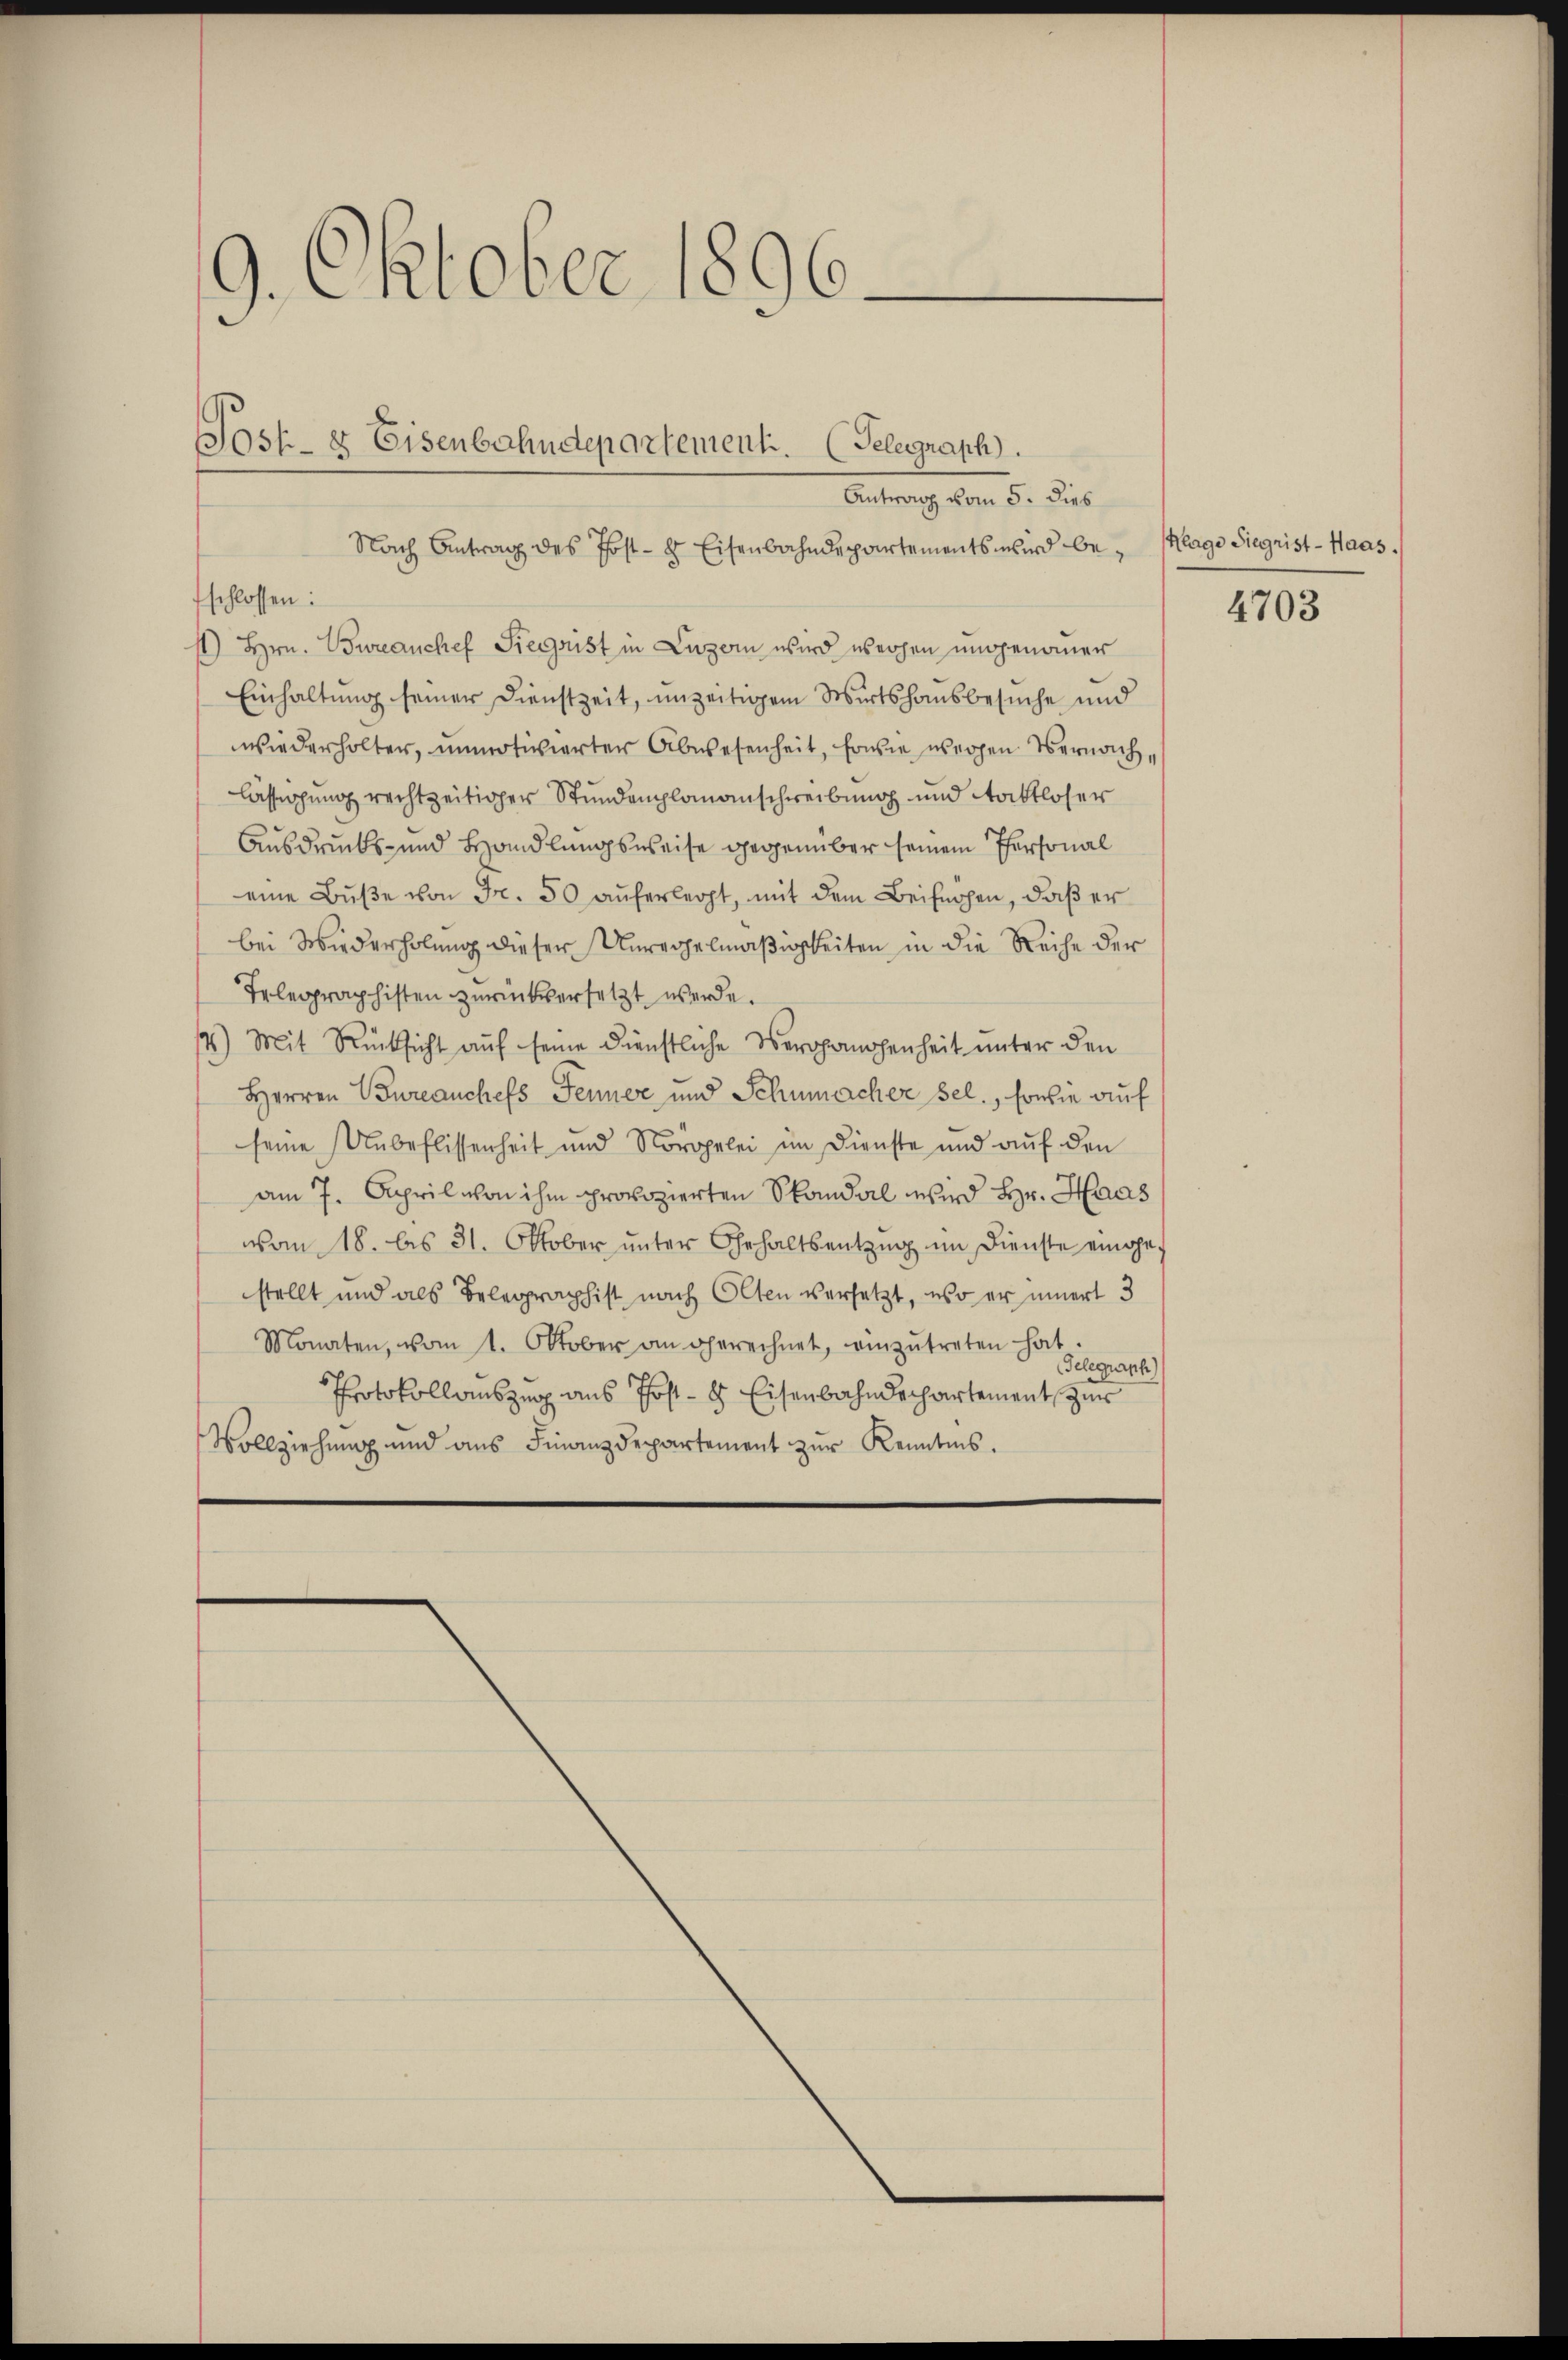
9. Oktober 1896

Sost- & Eisenbahndepartement. (Telegraph.
Eintrag vom 5. des

Nach Antrag des Post- & Eisenbahndepartements wird beschlossen:
st) Hrn. Bureauchef Siegrist in Luzern wird weichen ungenommer
Einhaltung seiner Dienstzeit, unzeitigem Wirtshausbesuche und
wiederholter, unmotivierter Abwesenheit, sowie wegen Vernachlässigung rechtzeitiger Stundenplananschreibung und Staktloser
Ausdrucks- und Handlungsweise gegenüber seinem Personal
eine Bŭβe von Fr. 50 auferlegt, mit dem Beifügen, daß er
bei Wiederholung dieser Unregelmäßigkeiten in die Reihe der
Telegraphisten zurückversetzt werde.
4) Mit Rücksicht auf seine dienstliche Vergangenheit unter den
Herren Bureauchefs Jenner und Schumacher sel., sowie auf
seine Unbeflissenheit und Sorgelei im Dienste und auf den
am 7. April von ihm provozierten Skandal wird Hr. Haas
vom 18. bis 31. Oktober unter Gehaltsentzug im Dienste eingestellt und als Telegraphist nach Olten versetzt, wo er innert 3
Monaten, vom 1. Oktober an gerechnet, einzŭtreten hat.
Telegraph
Protokollauszug aus Post- 8 Eisenbahndepartement zus
Vollziehung und aus Finanzdepartement zur Kenntnis.

Klage Siegrist-Haas.)

4703